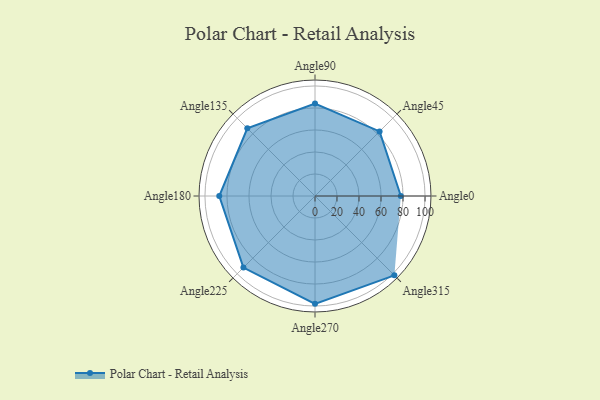
{"axis": {"x": "Angle", "y": "Radius"}, "legend": [""], "data": [{"x": "Angle0", "y": 78.0, "type": ""}, {"x": "Angle45", "y": 83.0, "type": ""}, {"x": "Angle90", "y": 84.0, "type": ""}, {"x": "Angle135", "y": 87.0, "type": ""}, {"x": "Angle180", "y": 87.0, "type": ""}, {"x": "Angle225", "y": 92.0, "type": ""}, {"x": "Angle270", "y": 98.0, "type": ""}, {"x": "Angle315", "y": 102.0, "type": ""}]}